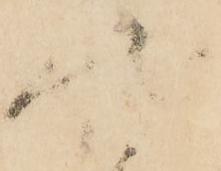
状